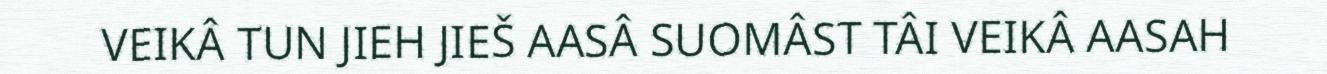
VEIKÂ TUN JIEH JIEŠ AASÂ SUOMÂST TÂI VEIKÂ AASAH